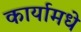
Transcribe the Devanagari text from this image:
कार्यामधे